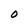
Character: O